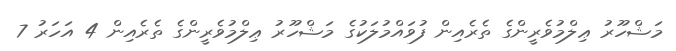
މަޝްހޫރު ޢިލްމުވެރީންގެ ތެރެއިން ފުވައްމުލަކުގެ މަޝްހޫރު ޢިލްމުވެރީންގެ ތެރެއިން 4 އަހަރު 7